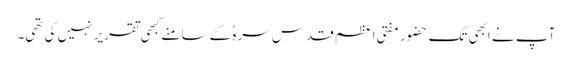
آپ نے ابھی تک حضور مفتی اعظم قدس سرہٗ کے سامنے کبھی تقریر نہیں کی تھی۔